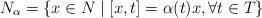
LaTeX: \begin{align*}N_{\alpha}=\left\{x\in N\mid [x,t]=\alpha(t)x, \forall t\in T\right\}\end{align*}